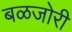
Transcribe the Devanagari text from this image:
बळजोरी